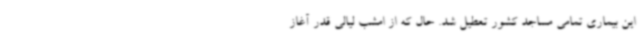
این بیماری تمامی مساجد کشور تعطیل شد. حال که از امشب لیالی قدر آغاز